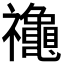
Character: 𮂪